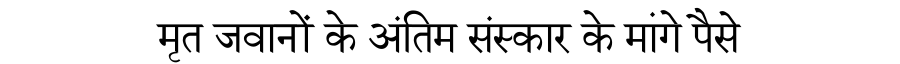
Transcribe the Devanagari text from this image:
मृत जवानों के अंतिम संस्कार के मांगे पैसे